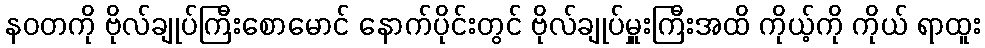
နဝတကို ဗိုလ်ချုပ်ကြီးစောမောင် နောက်ပိုင်းတွင် ဗိုလ်ချုပ်မှူးကြီးအထိ ကိုယ့်ကို ကိုယ် ရာထူး